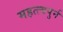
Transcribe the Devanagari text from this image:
महत्त्वपुर्न